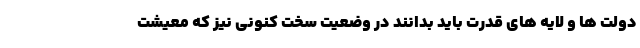
دولت ها و لایه های قدرت باید بدانند در وضعیت سخت کنونی نیز که معیشت